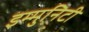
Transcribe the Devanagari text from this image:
इम्मुनिटी